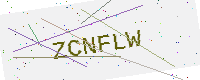
Text: ZCNFLW